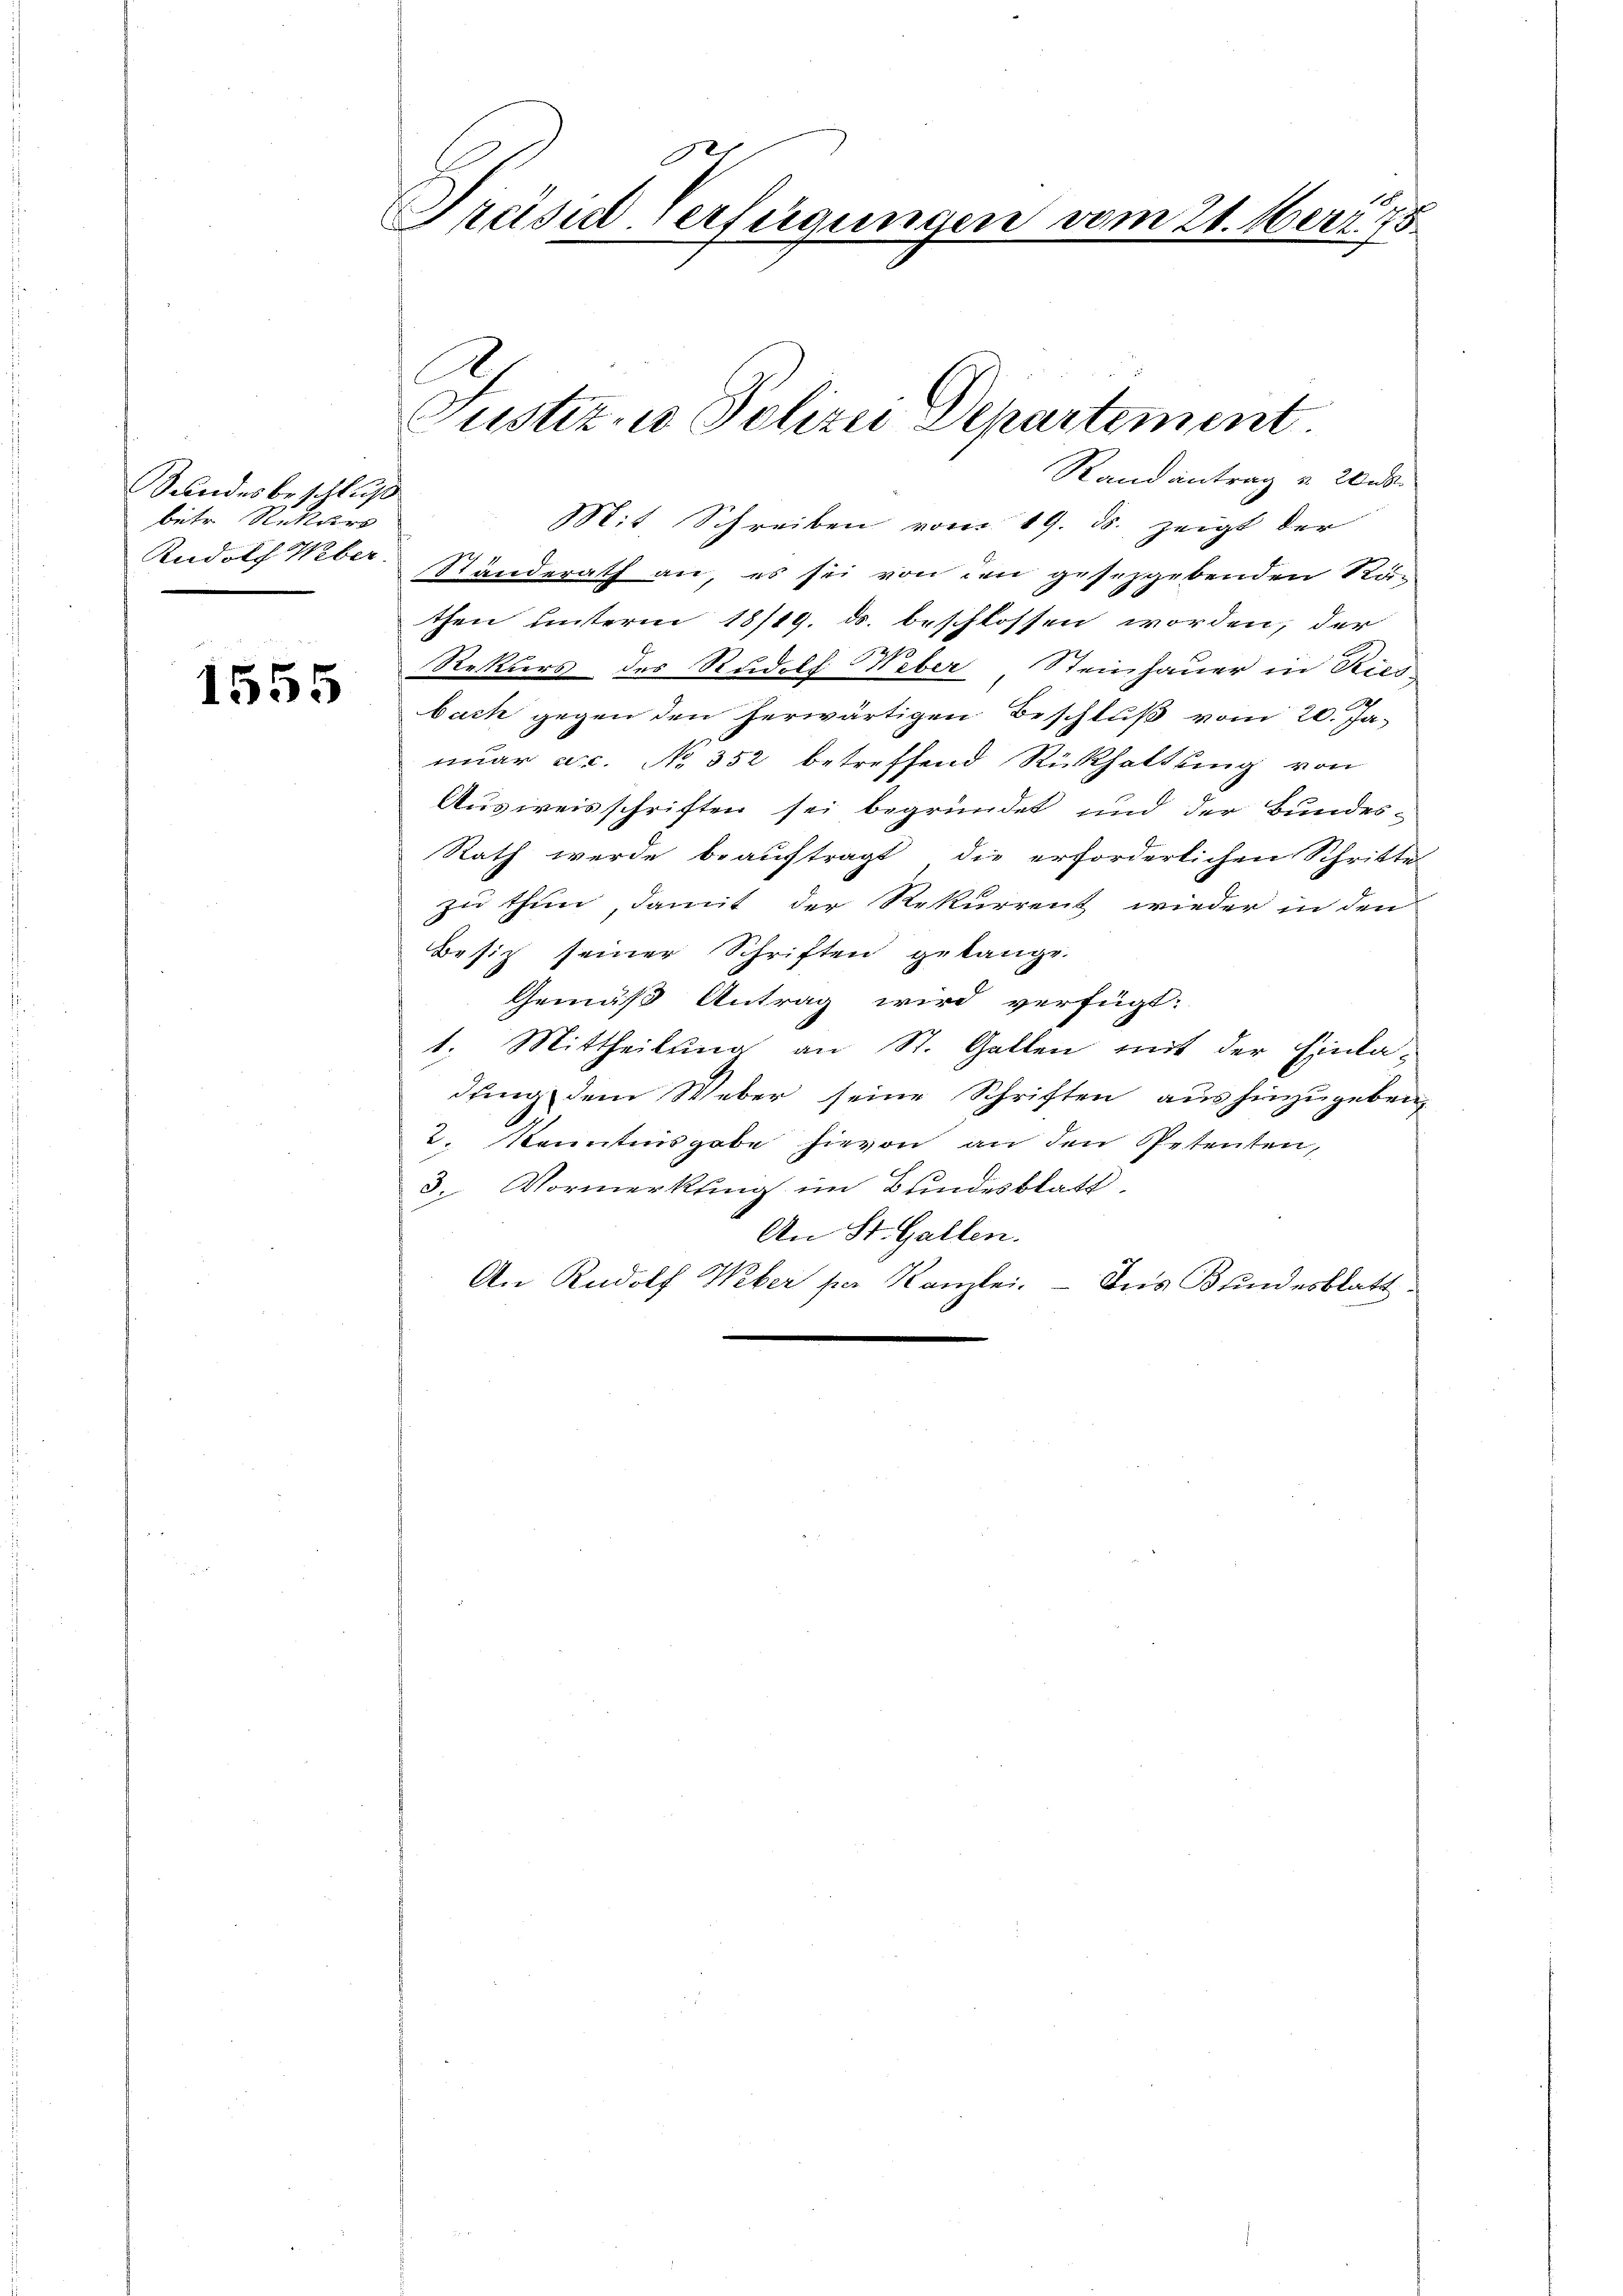
1555

G
Präsud-Verfügungen vom 21.
n J
E

Sundesbeschluß
betr. Rekurs
Rudolf Weber.

Standerath an, es sei von den gesetzgebenden Ku-
then unterm 18/19. ds. beschlossen worden; der
Rekurs des Rudolf Weber Steinhauer in Rici-
bach gegen den herwärtigen Beschluß vom 20. Januar ec. No 352 betreffend Rückhaltung von
Ausweisschriften sei begründet und der Bundes¬
Rath werde beauftragt die erforderlichen Schritte
zu thun, damit der Rekurrent wieder in den
Besitz seiner Schriften gelange.
Gemäß Antrag wird verfügt:
1. Mittheilung an St. Gallen mit der Einladung dem Weber seine Schriften aus hinzugeben,
2. Kenntnisgabe hievon an den Petenten,
3. Vormerkung im Bundesblatt.
An St. Gallen.
An Rudolf Weber per Kanzlei. - Das Bundesblatt

Randantrag u. 20
Mit Schreiben vom 19. ds. zeigt der

Justiz- u Polizei Departement.